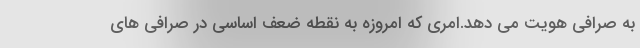
به صرافی هویت می دهد.امری که امروزه به نقطه ضعف اساسی در صرافی های